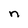
Character: n